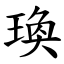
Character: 瑍